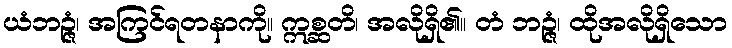
ယံဘဉ္ဇံ၊ အကြင်ရတနာကို။ ဣစ္ဆတိ၊ အလိုရှိ၏။ တံ ဘဉ္ဇံ၊ ထိုအလိုရှိသော